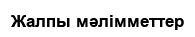
Жалпы мәлімметтер